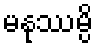
မနုဿမ္ပိ